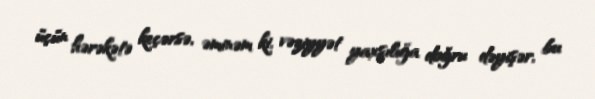
üçün hərəkətə keçərsə, əminəm ki, vəziyyət yaxşılığa doğru dəyişər, bu